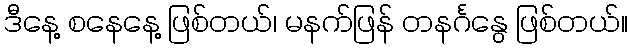
ဒီနေ့ စနေနေ့ ဖြစ်တယ်၊ မနက်ဖြန် တနင်္ဂနွေ ဖြစ်တယ်။